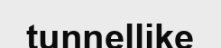
tunnellike